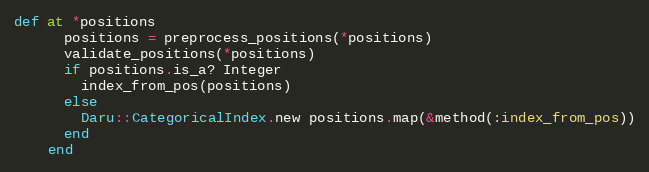
Language: Ruby
def at *positions
      positions = preprocess_positions(*positions)
      validate_positions(*positions)
      if positions.is_a? Integer
        index_from_pos(positions)
      else
        Daru::CategoricalIndex.new positions.map(&method(:index_from_pos))
      end
    end